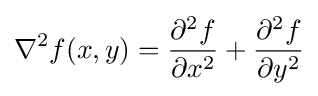
\nabla ^{2}f(x,y)={\frac {\partial ^{2}f}{\partial x^{2}}}+{\frac {\partial ^{2}f}{\partial y^{2}}}